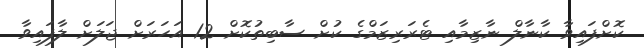
ކޮށްފައިވާ ކާނާލް ނާޒިމާއި ޓެރަރިޒަމްގެ ކުށް ސާބިތުކޮށް 12 އަހަރަށް ޖަލަށް ލާފައިވާ